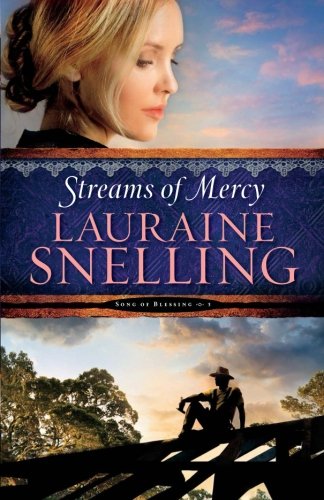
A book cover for Streams of Mercy (Song of Blessing); Lauraine Snelling; Romance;